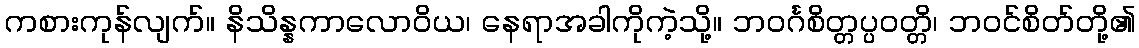
ကစားကုန်လျက်။ နိသိန္နကာလောဝိယ၊ နေရာအခါကိုကဲ့သို့။ ဘဝင်္ဂစိတ္တပ္ပဝတ္တိ၊ ဘဝင်စိတ်တို့၏